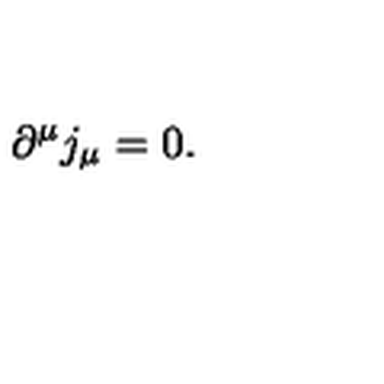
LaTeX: \partial ^ { \mu } j _ { \mu } = 0 .